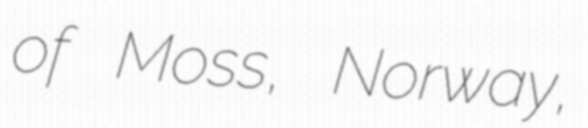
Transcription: of Moss, Norway,